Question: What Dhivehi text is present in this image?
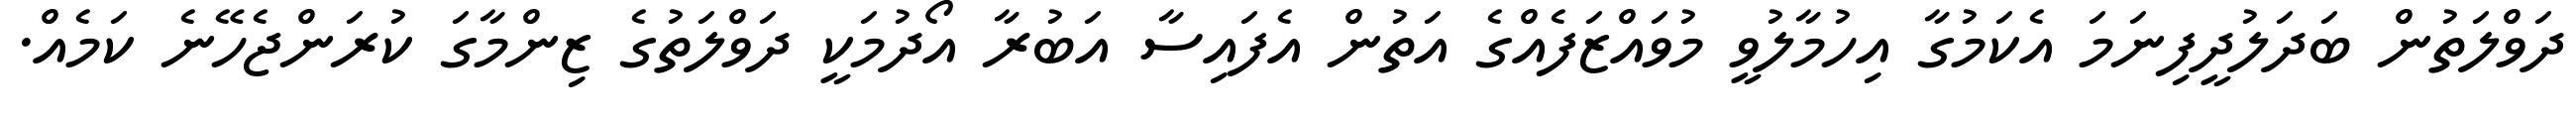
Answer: ދަވްލަތުން ބަދަލުދީފިނަމަ އެކަމުގާ އިހުމާލުވީ މުވައްޒަފެއްގެ އަތުން އެފައިސާ އަބުރާ އޯދުމަކީ ދަވްލަތުގެ ޒިންމާގަ ކުރަންޖެހޭނެ ކަމެއް.